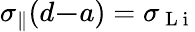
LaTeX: \sigma_{\parallel}(d\le-a)=\sigma_{\mathrm{~L~i~}}